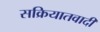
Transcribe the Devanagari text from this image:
सक्रियातवादी